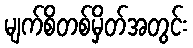
မျက်စိတစ်မှိတ်အတွင်း